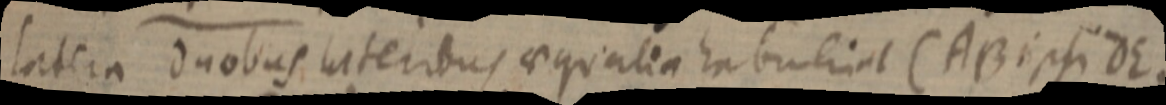
latera duobus lateribus aequalia habubint (AB ipsi DE,